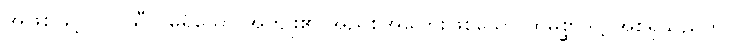
အဖြစ်ဖြင့်။ ဝါ၊ သီလမရှိသော အကျိုး၏ အညစ်အကြေးဖြစ်သော ထိုမိစ္ဆာဒိဋ္ဌိ အစရှိသည်ကို